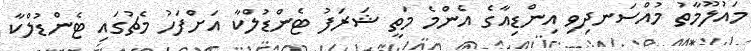
މައުލޫމާތު މުއްސަނދިވި އިންޑިއާގެ އެންމެ މަތީ ޝަރަފު ޓެންޑުލްކާ އަށްފަހު މެޗުގައި ޓެންޑުލްކާ